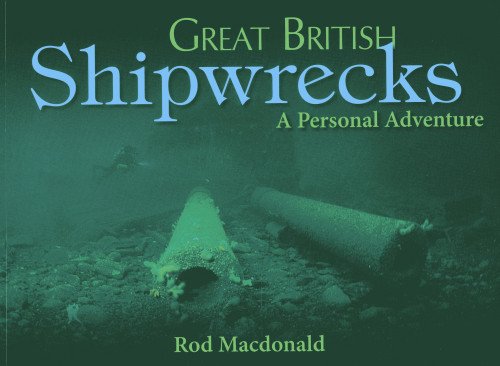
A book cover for Great British Shipwrecks: A Personal Adventure; Rod Macdonald; Sports & Outdoors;